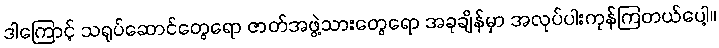
ဒါကြောင့် သရုပ်ဆောင်တွေရော ဇာတ်အဖွဲ့သားတွေရော အခုချိန်မှာ အလုပ်ပါးကုန်ကြတယ်ပေါ့။